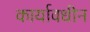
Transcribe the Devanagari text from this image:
कार्यावधीन